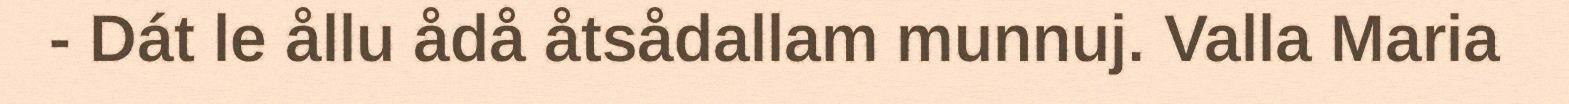
- Dát le ållu ådå åtsådallam munnuj. Valla Maria